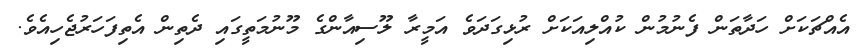
އެއްޗަކަށް ހަދާތަން ފެނުމުން ކުއްލިއަކަށް ރުޅިގަދަވެ އަމީރާ ލޫސިއާންގެ މޫނުމަތީގައި ދެތިން އެތިފަހަރުޖެހިއެވެ.